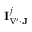
\mathbf { I } _ { \nabla ^ { \prime } \cdot \mathbf { J } } ^ { j }